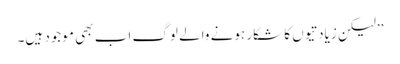
’’لیکن زیادتیوں کا شکار ہونے والے لوگ اب بھی موجود ہیں۔